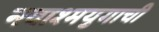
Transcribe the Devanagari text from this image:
नवाश्मयुगाची